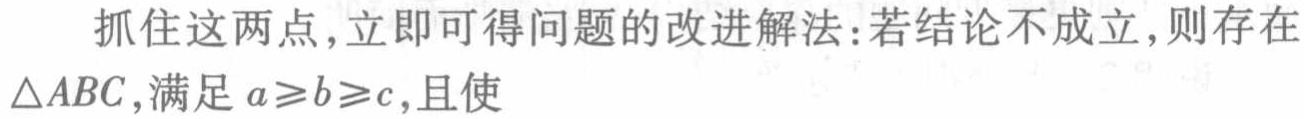
抓住这两点，立即可得问题的改进解法：若结论不成立，则存在$\triangle ABC$,满足$a\geqslant b\geqslant c$,且使